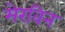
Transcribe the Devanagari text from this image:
मेरविन